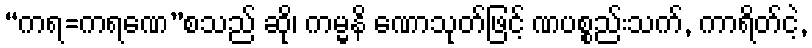
“ကရ=ကရဏေ”စသည် ဆို၊ ကမ္မနိ ဏောသုတ်ဖြင့် ဏပစ္စည်းသက်, ကာရိတ်ငဲ့,